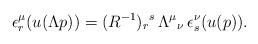
LaTeX: \begin{align*}\epsilon^{\mu}_r(u(\Lambda p))=(R^{-1})_r{}^s\, \Lambda^{\mu}{}_{\nu}\,\epsilon^{\nu}_s(u(p)).\end{align*}